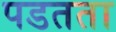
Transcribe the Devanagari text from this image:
पडतता